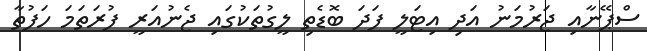
ސްޕޭނާއި ޖަރުމަނު އަދި އިޓަލީ ފަދަ ބޮޑެތި ލީގުތަކުގައި ޖެނުއަރީ ފުރަތަމަ ހަފުތާ